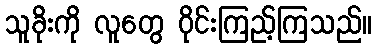
သူခိုးကို လူတွေ ဝိုင်းကြည့်ကြသည်။